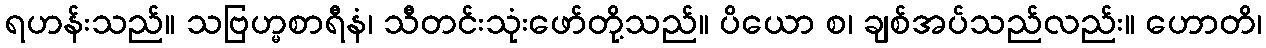
ရဟန်းသည်။ သဗြဟ္မစာရီနံ၊ သီတင်းသုံးဖော်တို့သည်။ ပိယော စ၊ ချစ်အပ်သည်လည်း။ ဟောတိ၊